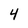
Character: 4